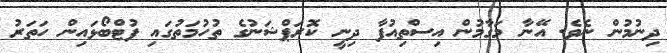
ދިނުމުން ނެވެ. އޭނާ މަގާމުން އިސްތިއުފާ ދިނީ ކޮރަޕްޝަނުގެ ތުހުމަތުގައި ފުޓްބޯޅައިން ހަތަރު